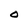
Character: O